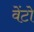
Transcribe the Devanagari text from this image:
वेंटो